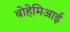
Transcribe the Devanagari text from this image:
बोहेमिआई